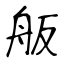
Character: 舨